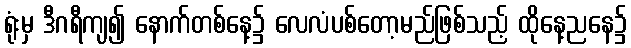
ရုံးမှ ဒီဂရီကျ၍ နောက်တစ်နေ့၌ လေလံပစ်တော့မည်ဖြစ်သည့် ထိုနေ့ညနေ၌